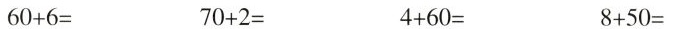
6 0 + 6 = 7 0 + 2 = 4 + 6 0 = 8 + 5 0 =